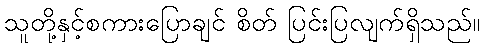
သူတို့နှင့်စကားပြောချင် စိတ် ပြင်းပြလျက်ရှိသည်။